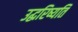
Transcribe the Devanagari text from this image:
उद्धरिष्यति